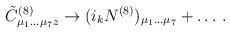
LaTeX: \begin{align*}{\tilde C}^{(8)}_{\mu_1\dots\mu_7 z}\rightarrow (i_k N^{(8)})_{\mu_1\dots\mu_7}+\dots\, .\end{align*}